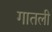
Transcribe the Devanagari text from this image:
गातली